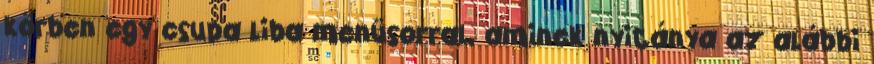
körben egy csupa liba menüsorral, aminek nyitánya az alábbi